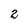
Character: 2